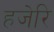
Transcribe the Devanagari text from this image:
हजेरि